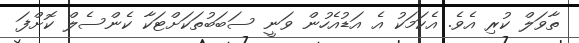
ތާވަލް ކުރި އެވެ. އެކަމަކު އެ އަޑުއެހުން ވަނީ ސަބަބުތަކަށްޓަކާ ކެންސެލް ކޮށްފަ